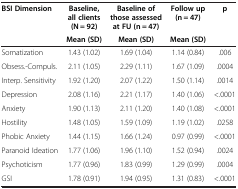
| <ROWSPAN=2> BSI Dimension | Baseline, all clients (N = 92) | Baseline of those assessed at FU (n = 47) | Follow up (n = 47) | p |
 | Mean (SD) | Mean (SD) | Mean (SD) |  |
 | --- | --- | --- | --- | --- |
 | Somatization | 1.43 (1.02) | 1.69 (1.04) | 1.14 (0.84) | .006 |
 | Obsess.-Compuls. | 2.11 (1.05) | 2.29 (1.11) | 1.67 (1.09) | .0004 |
 | Interp. Sensitivity | 1.92 (1.20) | 2.07 (1.22) | 1.50 (1.14) | .0014 |
 | Depression | 2.08 (1.16) | 2.21 (1.17) | 1.40 (1.06) | <.0001 |
 | Anxiety | 1.90 (1.13) | 2.11 (1.20) | 1.40 (1.08) | <.0001 |
 | Hostility | 1.48 (1.05) | 1.59 (1.09) | 1.19 (1.02) | .0258 |
 | Phobic Anxiety | 1.44 (1.15) | 1.66 (1.24) | 0.97 (0.99) | <.0001 |
 | Paranoid Ideation | 1.77 (1.06) | 1.96 (1.10) | 1.52 (0.94) | .0024 |
 | Psychoticism | 1.77 (0.96) | 1.83 (0.99) | 1.29 (0.99) | .0004 |
 | GSI | 1.78 (0.91) | 1.94 (0.95) | 1.31 (0.83) | <.0001 |